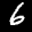
Label: 6